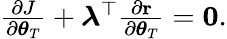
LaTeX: \begin{array}{r}{\frac{\partial J}{\partial\boldsymbol{\theta}_{T}}+\boldsymbol{\lambda}^{\top}\frac{\partial{\mathbf r}}{\partial\boldsymbol{\theta}_{T}}={\mathbf 0}.}\end{array}